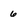
Character: 6